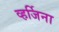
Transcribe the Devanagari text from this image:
व्हर्जिना